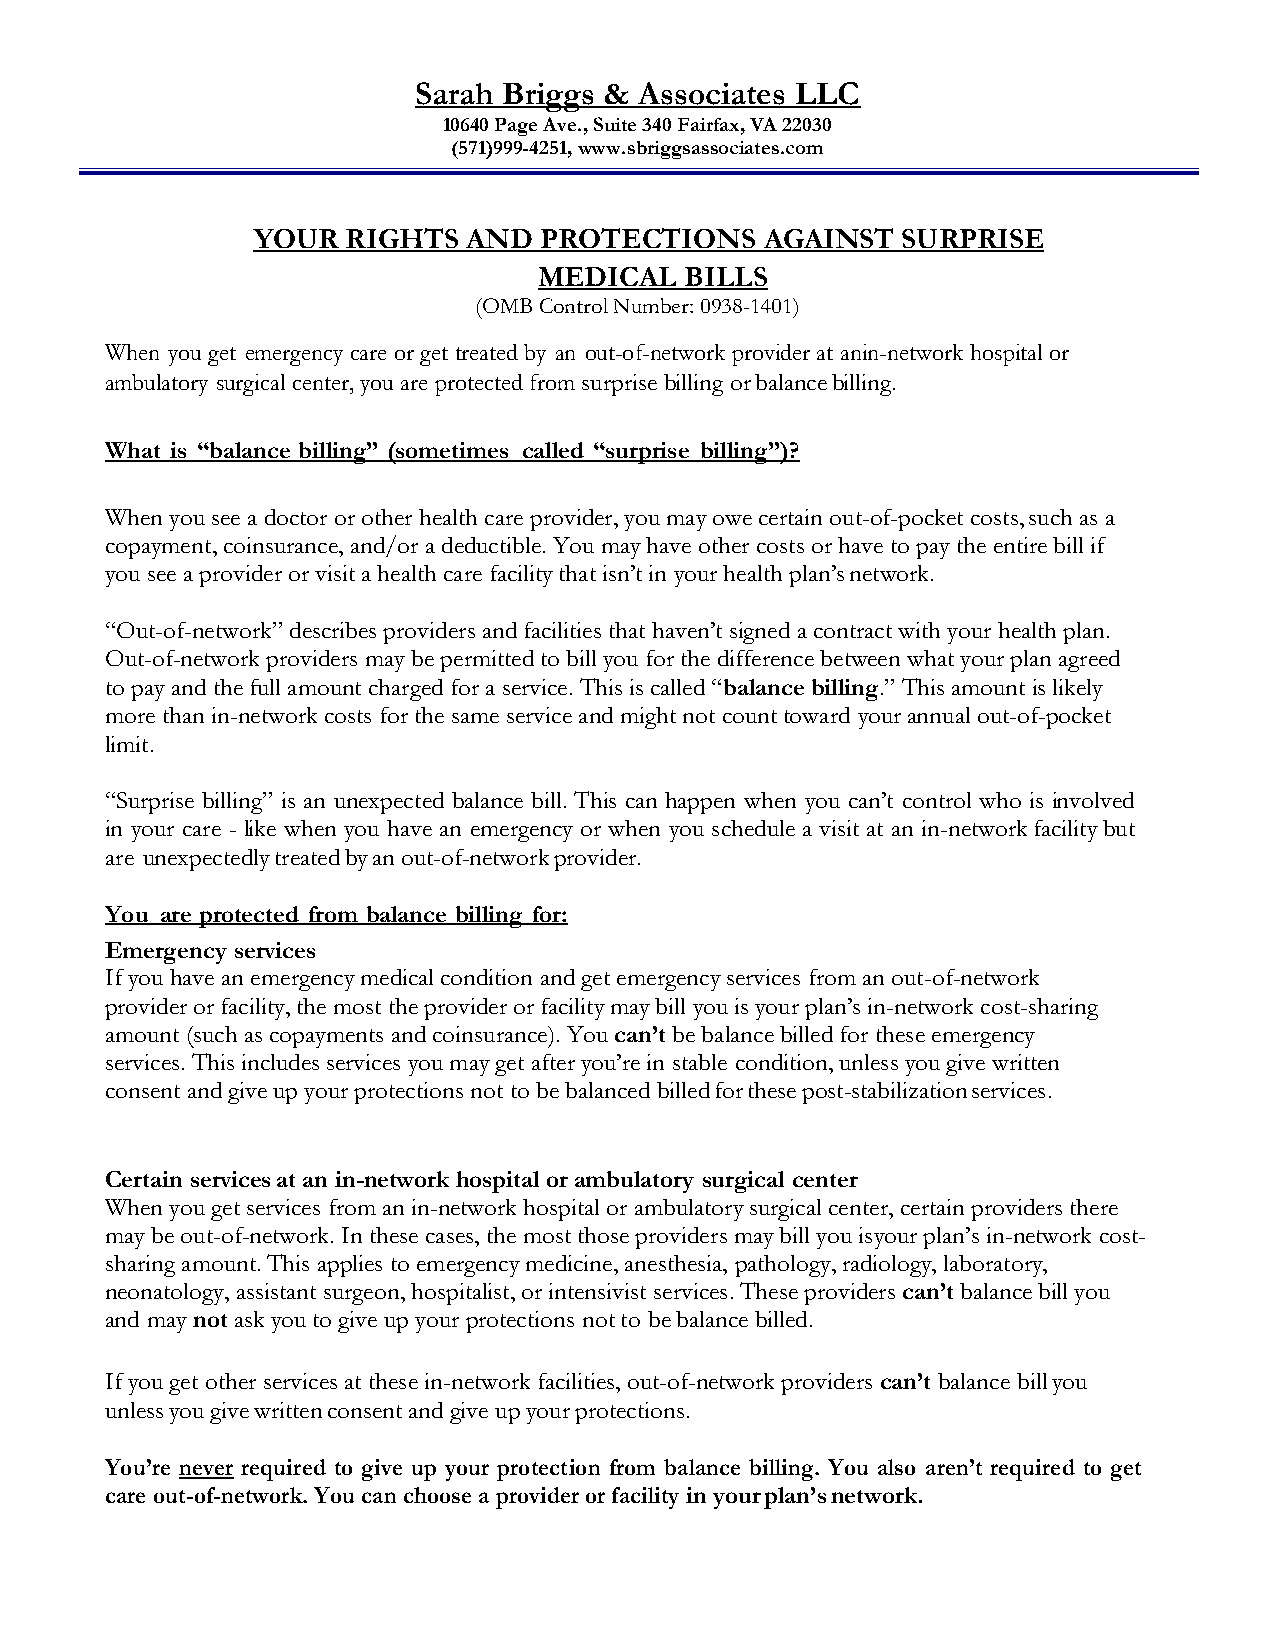
Sarah Briggs & Associates LLC
 10640 Page Ave., Suite 340 Fairfax, VA 22030
 (571)999-4251, www.sbriggsassociates.com
 YOUR  RIGHTS  AND  PROTECTIONS    AGAINST  SURPRISE
 MEDICAL  BILLS
 (OMB Control Number: 0938-1401)
 When you get emergency care or get treated by an out-of-network provider at an in-network hospital or
 ambulatory surgical center, you are protected from surprise billing or balance billing.
 What is “balance billing” (sometimes called “surprise billing”)?
 When you see a doctor or other health care provider, you may owe certain out-of-pocket costs, such as a
 copayment, coinsurance, and/or a deductible. You may have other costs or have to pay the entire bill if
 you see a provider or visit a health care facility that isn’t in your health plan’s network.
 “Out-of-network” describes providers and facilities that haven’t signed a contract with your health plan.
 Out-of-network providers may be permitted to bill you for the difference between what your plan agreed
 to pay and the full amount charged for a service. This is called “balance billing.” This amount is likely
 more than in-network costs for the same service and might not count toward your annual out-of-pocket
 limit.
 “Surprise billing” is an unexpected balance bill. This can happen when you can’t control who is involved
 in your care - like when you have an emergency or when you schedule a visit at an in-network facility but
 are unexpectedly treated by an out-of-network provider.
 You are protected from balance billing for:
 Emergency services
 If you have an emergency medical condition and get emergency services from an out-of-network
 provider or facility, the most the provider or facility may bill you is your plan’s in-network cost-sharing
 amount (such as copayments and coinsurance). You can’t be balance billed for these emergency
 services. This includes services you may get after you’re in stable condition, unless you give written
 consent and give up your protections not to be balanced billed for these post-stabilization services.
 Certain services at an in-network hospital or ambulatory surgical center
 When you get services from an in-network hospital or ambulatory surgical center, certain providers there
 may be out-of-network. In these cases, the most those providers may bill you is your plan’s in-network cost-
 sharing amount. This applies to emergency medicine, anesthesia, pathology, radiology, laboratory,
 neonatology, assistant surgeon, hospitalist, or intensivist services. These providers can’t balance bill you
 and may not ask you to give up your protections not to be balance billed.
 If you get other services at these in-network facilities, out-of-network providers can’t balance bill you
 unless you give written consent and give up your protections.
 You’re never required to give up your protection from balance billing. You also aren’t required to get
 care out-of-network. You can choose a provider or facility in your plan’s network.